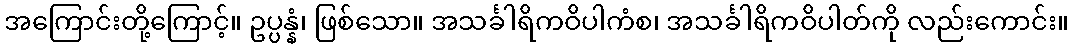
အကြောင်းတို့ကြောင့်။ ဥပ္ပန္နံ၊ ဖြစ်သော။ အသင်္ခါရိကဝိပါကံစ၊ အသင်္ခါရိကဝိပါတ်ကို လည်းကောင်း။